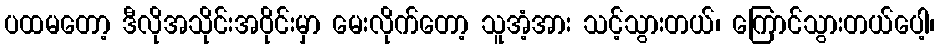
ပထမတော့ ဒီလိုအသိုင်းအဝိုင်းမှာ မေးလိုက်တော့ သူအံ့အား သင့်သွားတယ်၊ ကြောင်သွားတယ်ပေါ့၊